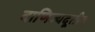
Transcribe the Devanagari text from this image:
वाणिज्यदूतीय